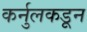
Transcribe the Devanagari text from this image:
कर्नुलकडून